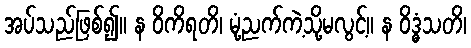
အပ်သည်ဖြစ်၍။ န ဝိကိရတိ၊ မုံ့ညက်ကဲ့သို့မလွင့်။ န ဝိဒ္ဓံသတိ၊